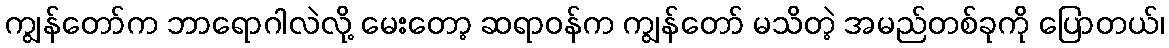
ကျွန်တော်က ဘာရောဂါလဲလို့ မေးတော့ ဆရာဝန်က ကျွန်တော် မသိတဲ့ အမည်တစ်ခုကို ပြောတယ်၊